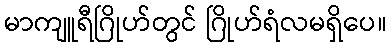
မာကျူရီဂြိုဟ်တွင် ဂြိုဟ်ရံလမရှိပေ။